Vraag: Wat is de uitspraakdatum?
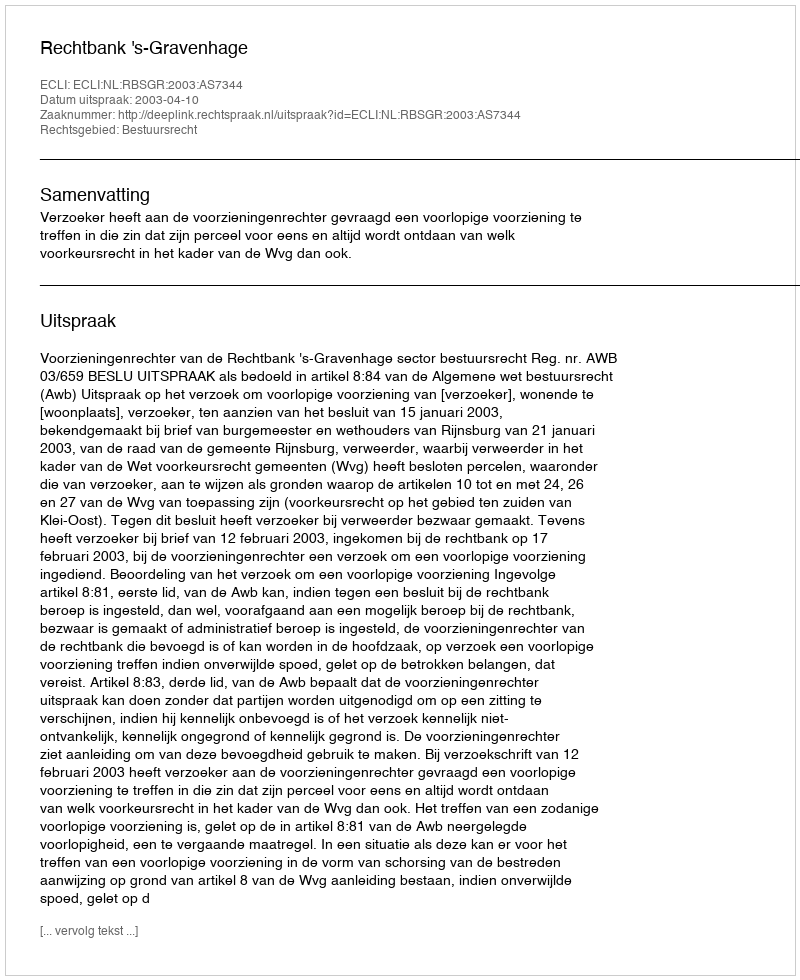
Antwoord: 2003-04-10